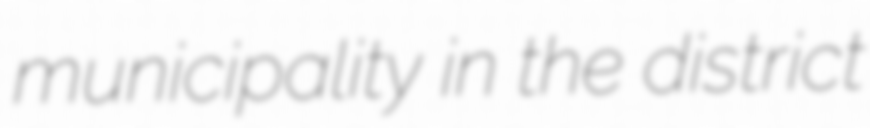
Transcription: municipality in the district